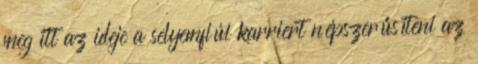
meg itt az ideje a selyemfiúi karriert népszerűsíteni az